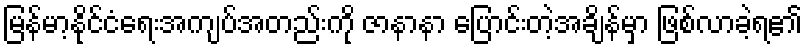
မြန်မာ့နိုင်ငံရေးအကျပ်အတည်းကို ဇာနာနာ ပြောင်းတဲ့အချိန်မှာ ဖြစ်လာခဲ့ရ၏